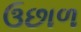
ઉછાળ